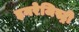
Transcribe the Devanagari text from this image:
इनरेजिस्ट्री